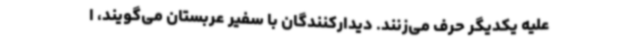
علیه یکدیگر حرف می‌زنند. دیدارکنندگان با سفیر عربستان می‌گویند، ا